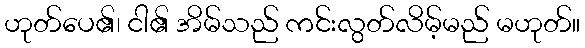
ဟုတ်ပေ၏၊ ငါ၏ အိမ်သည် ကင်းလွတ်လိမ့်မည် မဟုတ်။